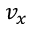
v _ { x }